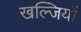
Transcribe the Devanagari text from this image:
खल्जियों